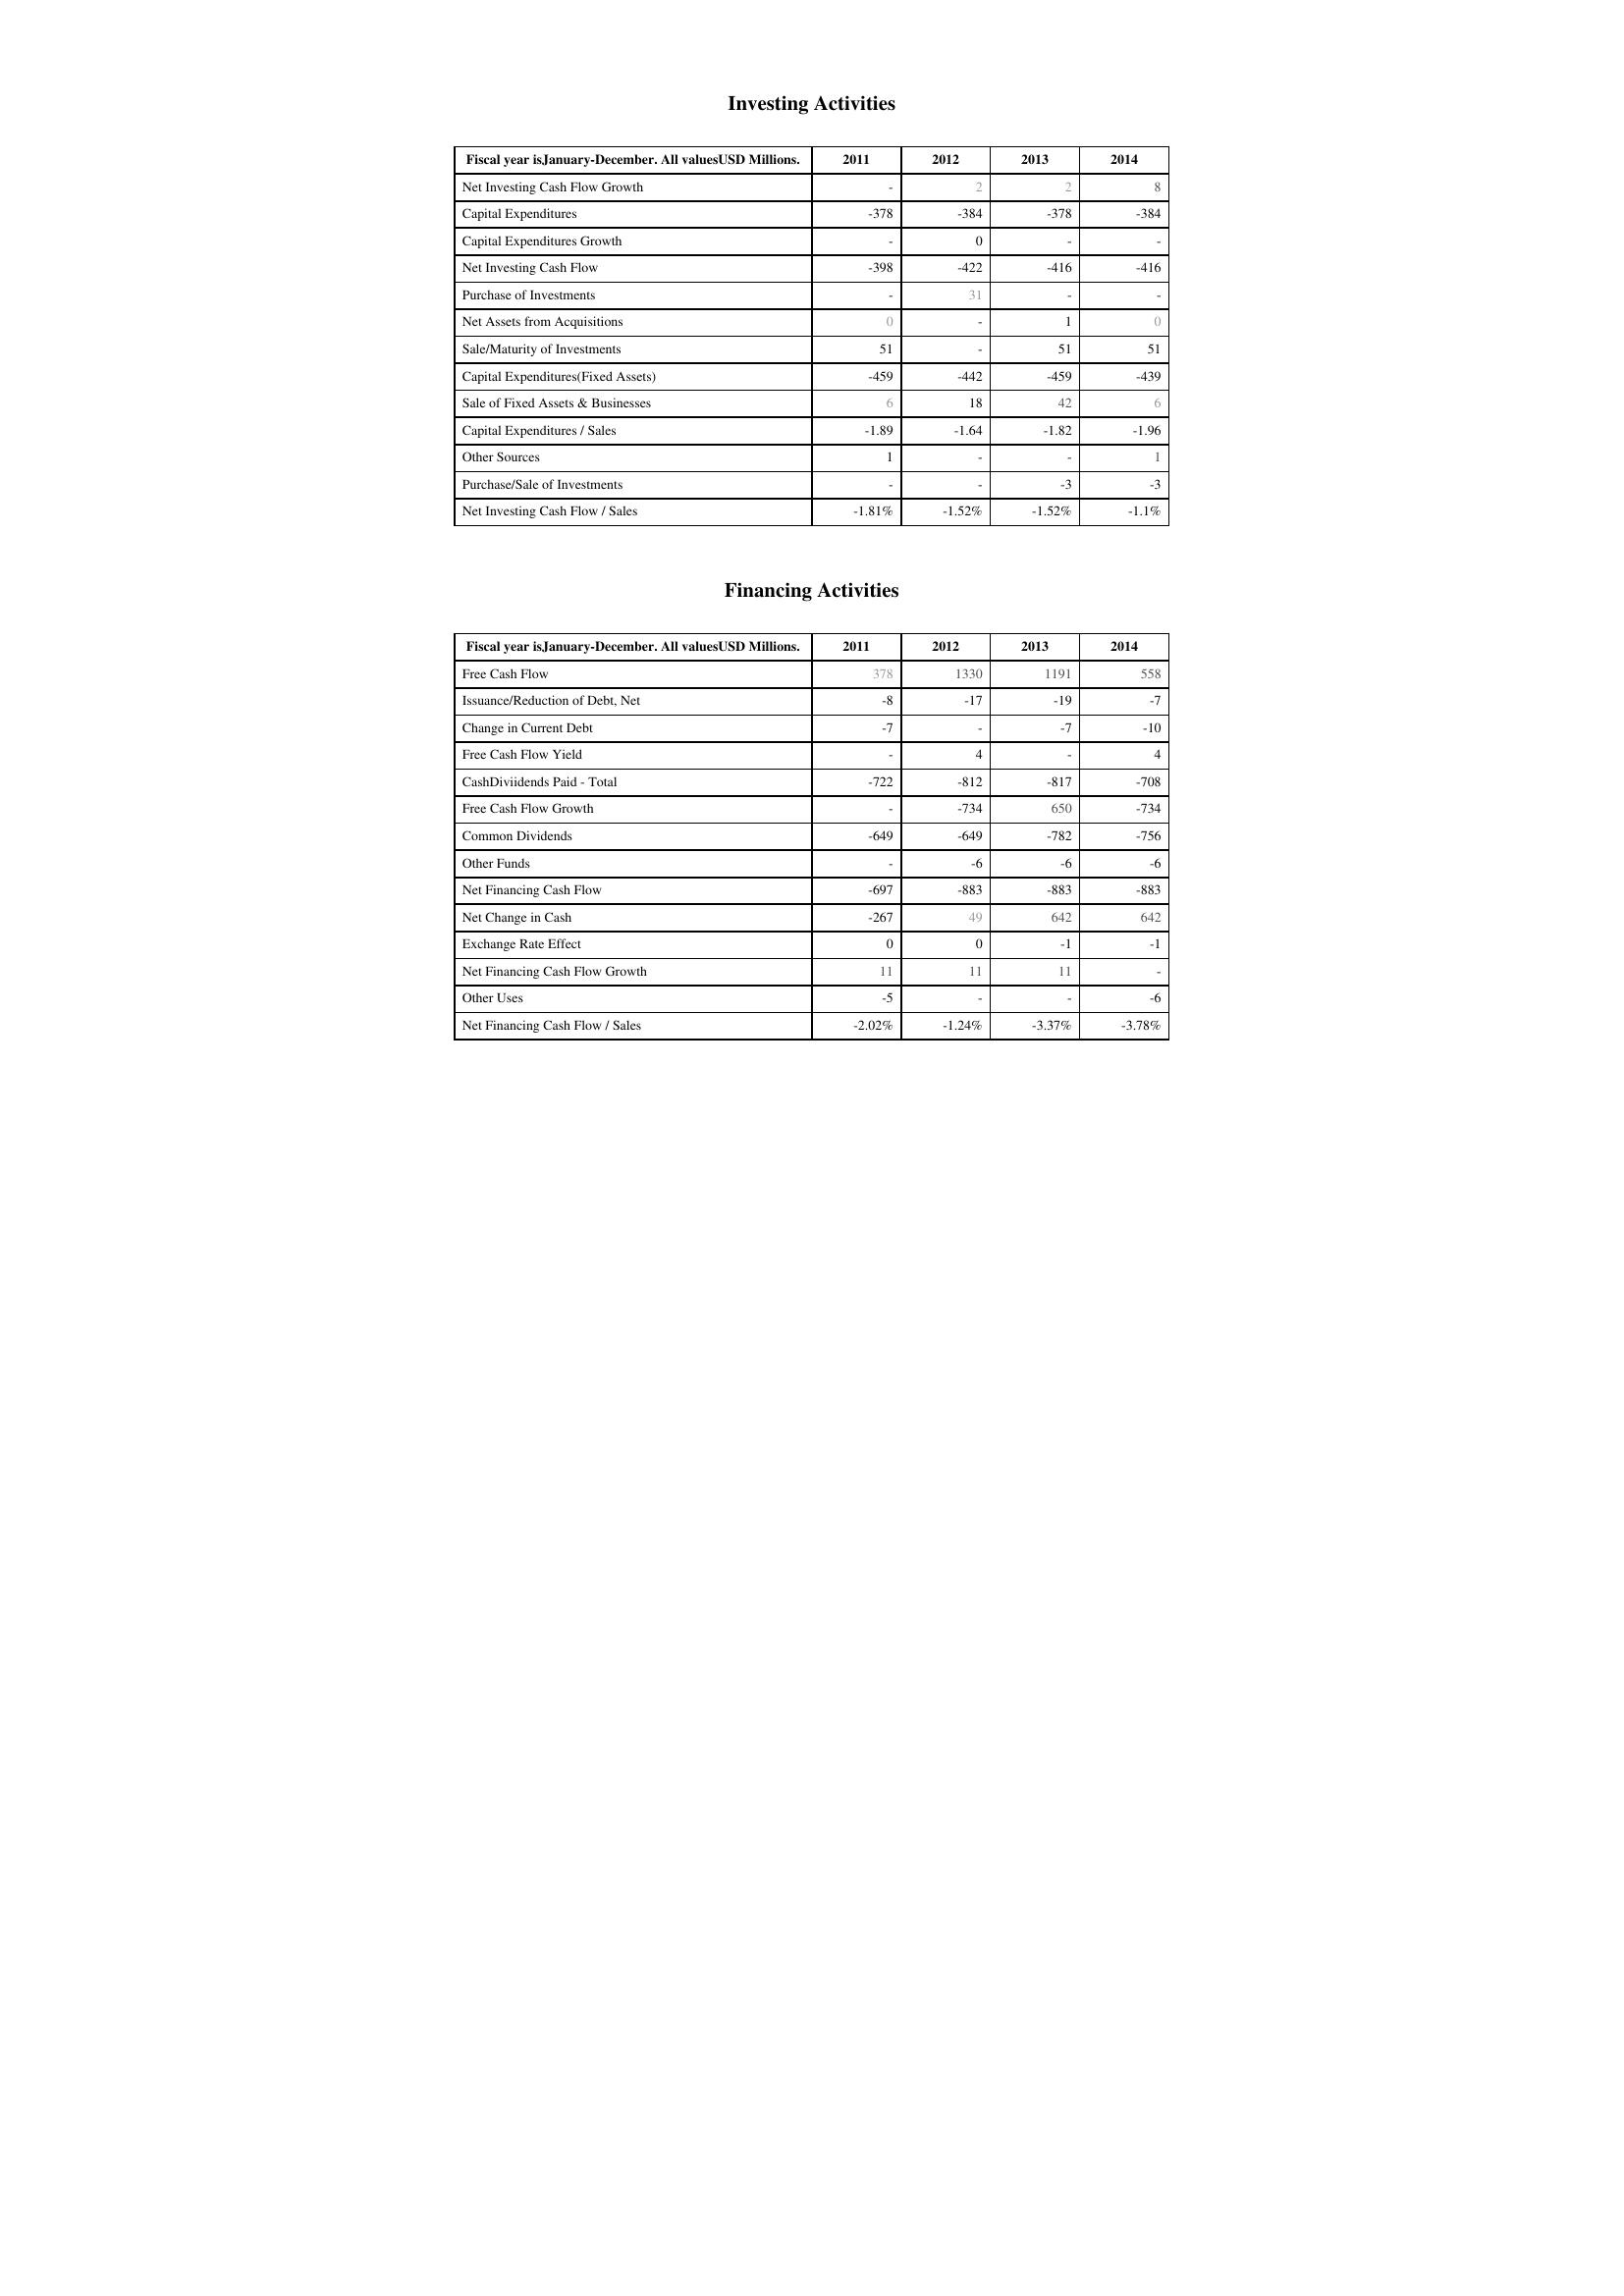
2011: Investing Activities: Net Investing Cash Flow Growth: -
Capital Expenditures: -378
Capital Expenditures Growth: -
Net Investing Cash Flow: -398
Purchase of Investments: -
Net Assets from Acquisitions: 0
Sale/Maturity of Investments: 51
Capital Expenditures(Fixed Assets): -459
Sale of Fixed Assets & Businesses: 6
Capital Expenditures / Sales: -1.89
Other Sources: 1
Purchase/Sale of Investments: -
Net Investing Cash Flow / Sales: -1.81%
Financing Activities: Free Cash Flow: 378
Issuance/Reduction of Debt, Net: -8
Change in Current Debt: -7
Free Cash Flow Yield: -
CashDiviidends Paid - Total: -722
Free Cash Flow Growth: -
Common Dividends: -649
Other Funds: -
Net Financing Cash Flow: -697
Net Change in Cash: -267
Exchange Rate Effect: 0
Net Financing Cash Flow Growth: 11
Other Uses: -5
Net Financing Cash Flow / Sales: -2.02%
2012: Investing Activities: Net Investing Cash Flow Growth: 2
Capital Expenditures: -384
Capital Expenditures Growth: 0
Net Investing Cash Flow: -422
Purchase of Investments: 31
Net Assets from Acquisitions: -
Sale/Maturity of Investments: -
Capital Expenditures(Fixed Assets): -442
Sale of Fixed Assets & Businesses: 18
Capital Expenditures / Sales: -1.64
Other Sources: -
Purchase/Sale of Investments: -
Net Investing Cash Flow / Sales: -1.52%
Financing Activities: Free Cash Flow: 1330
Issuance/Reduction of Debt, Net: -17
Change in Current Debt: -
Free Cash Flow Yield: 4
CashDiviidends Paid - Total: -812
Free Cash Flow Growth: -734
Common Dividends: -649
Other Funds: -6
Net Financing Cash Flow: -883
Net Change in Cash: 49
Exchange Rate Effect: 0
Net Financing Cash Flow Growth: 11
Other Uses: -
Net Financing Cash Flow / Sales: -1.24%
2013: Investing Activities: Net Investing Cash Flow Growth: 2
Capital Expenditures: -378
Capital Expenditures Growth: -
Net Investing Cash Flow: -416
Purchase of Investments: -
Net Assets from Acquisitions: 1
Sale/Maturity of Investments: 51
Capital Expenditures(Fixed Assets): -459
Sale of Fixed Assets & Businesses: 42
Capital Expenditures / Sales: -1.82
Other Sources: -
Purchase/Sale of Investments: -3
Net Investing Cash Flow / Sales: -1.52%
Financing Activities: Free Cash Flow: 1191
Issuance/Reduction of Debt, Net: -19
Change in Current Debt: -7
Free Cash Flow Yield: -
CashDiviidends Paid - Total: -817
Free Cash Flow Growth: 650
Common Dividends: -782
Other Funds: -6
Net Financing Cash Flow: -883
Net Change in Cash: 642
Exchange Rate Effect: -1
Net Financing Cash Flow Growth: 11
Other Uses: -
Net Financing Cash Flow / Sales: -3.37%
2014: Investing Activities: Net Investing Cash Flow Growth: 8
Capital Expenditures: -384
Capital Expenditures Growth: -
Net Investing Cash Flow: -416
Purchase of Investments: -
Net Assets from Acquisitions: 0
Sale/Maturity of Investments: 51
Capital Expenditures(Fixed Assets): -439
Sale of Fixed Assets & Businesses: 6
Capital Expenditures / Sales: -1.96
Other Sources: 1
Purchase/Sale of Investments: -3
Net Investing Cash Flow / Sales: -1.1%
Financing Activities: Free Cash Flow: 558
Issuance/Reduction of Debt, Net: -7
Change in Current Debt: -10
Free Cash Flow Yield: 4
CashDiviidends Paid - Total: -708
Free Cash Flow Growth: -734
Common Dividends: -756
Other Funds: -6
Net Financing Cash Flow: -883
Net Change in Cash: 642
Exchange Rate Effect: -1
Net Financing Cash Flow Growth: -
Other Uses: -6
Net Financing Cash Flow / Sales: -3.78%